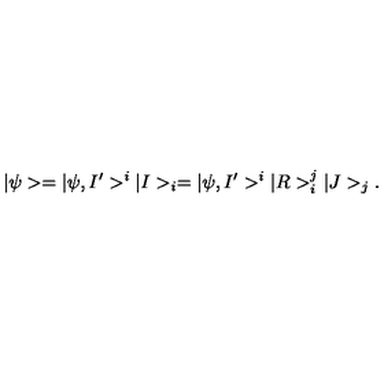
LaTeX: | \psi > = | \psi , I ^ { \prime } > ^ { i } | I > _ { i } = | \psi , I ^ { \prime } > ^ { i } | R > _ { i } ^ { j } | J > _ { j } .